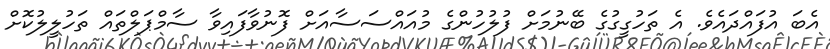
އެބަ އުފައްދައެވެ. އެ ތަހުގީގުގެ ބޭނުމަށް ފުލުހުންގެ މުއައްސަސާއަށް ފޮނުވާފައިވާ ސާމްޕަލްތައް ތަހުލީލުކޮށް